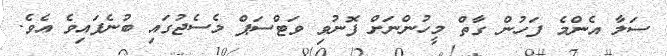
ސަލާ އެންމެ ފަހުން ގާތް މީހުންނަށް ފޮނުވި ވަޓްސަޕް މެސެޖުގައި ބުނެފައިވެ އެވެ.